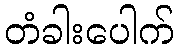
တံခါးပေါက်